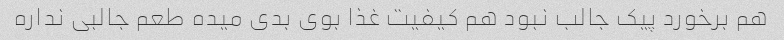
هم برخورد پیک جالب نبود هم کیفیت غذا بوی بدی میده طعم جالبی نداره